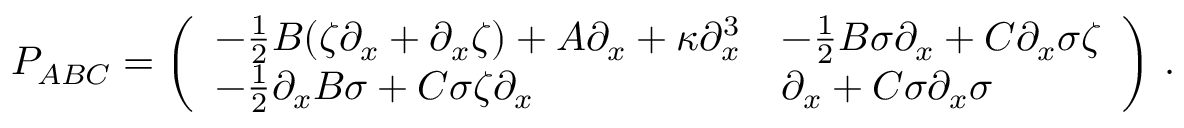
P _ { A B C } = \left( \begin{array} { l l } { - \frac 1 2 B ( \zeta \partial _ { x } + \partial _ { x } \zeta ) + A \partial _ { x } + \kappa \partial _ { x } ^ { 3 } } & { - \frac 1 2 B \sigma \partial _ { x } + C \partial _ { x } \sigma \zeta } \\ { - \frac 1 2 \partial _ { x } B \sigma + C \sigma \zeta \partial _ { x } } & { \partial _ { x } + C \sigma \partial _ { x } \sigma } \end{array} \right) \, .